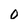
Character: 0